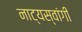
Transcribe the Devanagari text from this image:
नाट्यस्वांगी